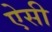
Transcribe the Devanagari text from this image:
एेसी